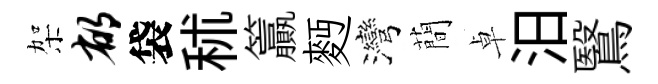
架郁袋秫籯麪灣蕳卓汨鷖